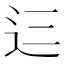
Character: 𮞁